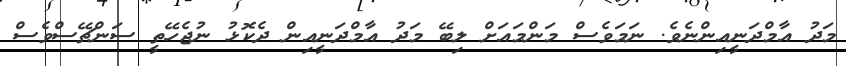
މަދު އާމްދަނީއިންނެވެ. ނަމަވެސް މަންމައަށް ލިބޭ މަދު އާމްދަނީއިން ދެކޮޅު ނުޖެހޭތީ ސަންޗޭސްވެސް